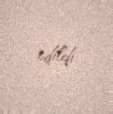
edildi.